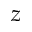
z